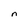
Character: n